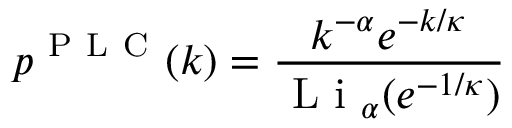
p ^ { \mathrm { ~ P ~ L ~ C ~ } } ( k ) = \frac { k ^ { - \alpha } e ^ { - k / \kappa } } { \mathrm { ~ L ~ i ~ } _ { \alpha } ( e ^ { - 1 / \kappa } ) }